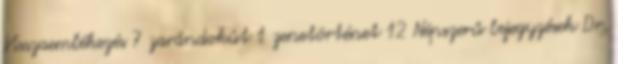
Visszaemlékezés 7 zarándokút 1 zenetörténet 12 Népszerű bejegyzések Dr.